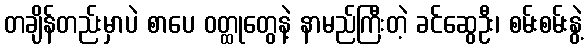
တချိန်တည်းမှာပဲ စာပေ ဝတ္ထုတွေနဲ့ နာမည်ကြီးတဲ့ ခင်ဆွေဦး၊ စမ်းစမ်းနွဲ့